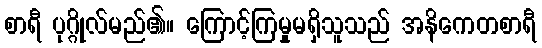
စာရီ ပုဂ္ဂိုလ်မည်၏။ ကြောင့်ကြမှုမရှိသူသည် အနိကေတစာရီ